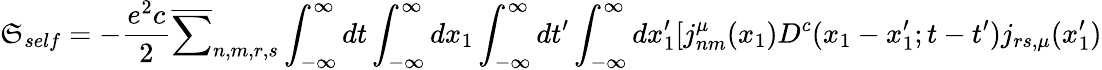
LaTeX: \mathfrak{S}_{self}=-\frac{{e^{2}c}}{{2}}\overline{{{{\sum}}}}_{n,m,r,s}\int_{-\infty}^{\infty}dt\int_{-\infty}^{\infty}dx_{1}\int_{-\infty}^{\infty}dt^{\prime}\int_{-\infty}^{\infty}dx_{1}^{\prime}[j_{nm}^{\mu}(x_{1})D^{c}(x_{1}-x_{1}^{\prime};t-t^{\prime})j_{rs,{\mu}}(x_{1}^{\prime})